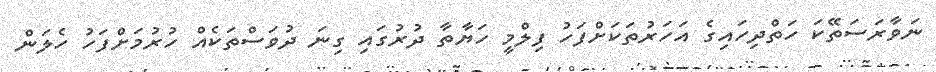
ނަވާރަސަތޭކަ ހަތްދިހައިގެ އަހަރުތަކަށްފަހު ފިލްމީ ހަޔާތާ ދުރުގައި ގިނަ ދުވަސްތަކެއް ހުރުމަށްފަހު ހެލަން